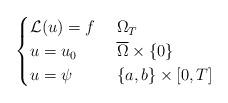
LaTeX: \begin{align*}\begin{cases}\mathcal{L}(u) = f & \ \Omega_{T}\\u = u_0 & \ \overline{\Omega} \times \{ 0 \}\\u = \psi & \ \{ a,b\} \times [0,T]\end{cases}\end{align*}